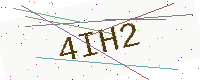
Text: 4IH2